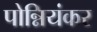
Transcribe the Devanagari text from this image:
पोन्नियंकर